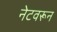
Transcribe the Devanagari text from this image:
नेटवरून